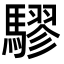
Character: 𮪙